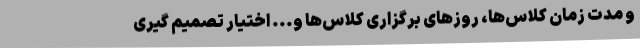
و مدت زمان کلاس‌ها، روزهای برگزاری کلاس‌ها و... اختیار تصمیم گیری